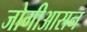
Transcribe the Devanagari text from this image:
जोगीआसन